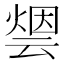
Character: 𰟋